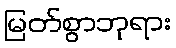
မြတ်စွာဘုရား